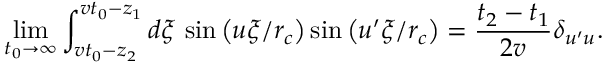
\operatorname* { l i m } _ { t _ { 0 } \rightarrow \infty } \int _ { v t _ { 0 } - z _ { 2 } } ^ { v t _ { 0 } - z _ { 1 } } d \xi \, \sin \left( u \xi / r _ { c } \right) \sin \left( u ^ { \prime } \xi / r _ { c } \right) = \frac { t _ { 2 } - t _ { 1 } } { 2 v } \delta _ { u ^ { \prime } u } .